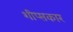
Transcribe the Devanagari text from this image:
शीप्सकार